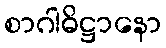
စာဂါဓိဋ္ဌာနော